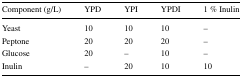
<table><thead><tr><td><b>Component (g/L)</b></td><td><b>YPD</b></td><td><b>YPI</b></td><td><b>YPDI</b></td><td><b>1 % Inulin</b></td></tr></thead><tbody><tr><td>Yeast</td><td>10</td><td>10</td><td>10</td><td>–</td></tr><tr><td>Peptone</td><td>20</td><td>20</td><td>20</td><td>–</td></tr><tr><td>Glucose</td><td>20</td><td>–</td><td>10</td><td>–</td></tr><tr><td>Inulin</td><td>–</td><td>20</td><td>10</td><td>10</td></tr></tbody></table>